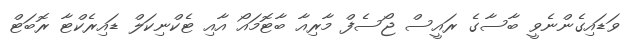
ވަޑައިގެންނެވީ ބާސާގެ ރައީސް ޖޯސެފް މާރިއާ ބާޓޮމައޯ އާއި ޓެކްނިކަލް ޑައިރެކްޓާ ރޮބަޓް